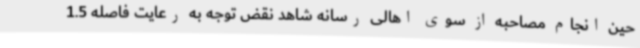
حین انجام مصاحبه از سوی اهالی رسانه شاهد نقض توجه به رعایت فاصله 1.5